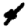
Digit: 4